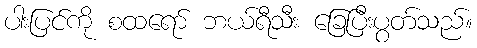
ပါးပြင်ကို စထရော် ဘယ်ရီသီး ခြေပြီးပွတ်သည်။